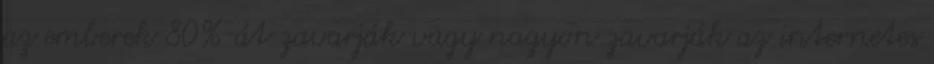
az emberek 80%-át zavarják vagy nagyon zavarják az internetes